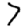
Digit: 7